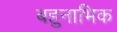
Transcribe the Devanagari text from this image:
बहुनाभिक